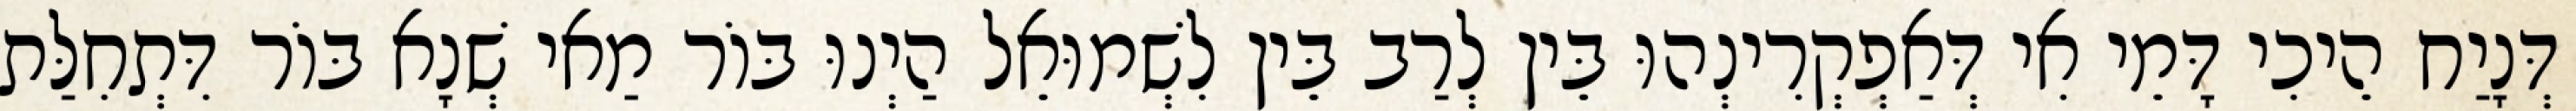
דְּנָיַח הֵיכִי דָּמֵי אִי דְּאַפְקְרִינְהוּ בֵּין לְרַב בֵּין לִשְׁמוּאֵל הַיְנוּ בּוֹר מַאי שְׁנָא בּוֹר דִּתְחִלַּת